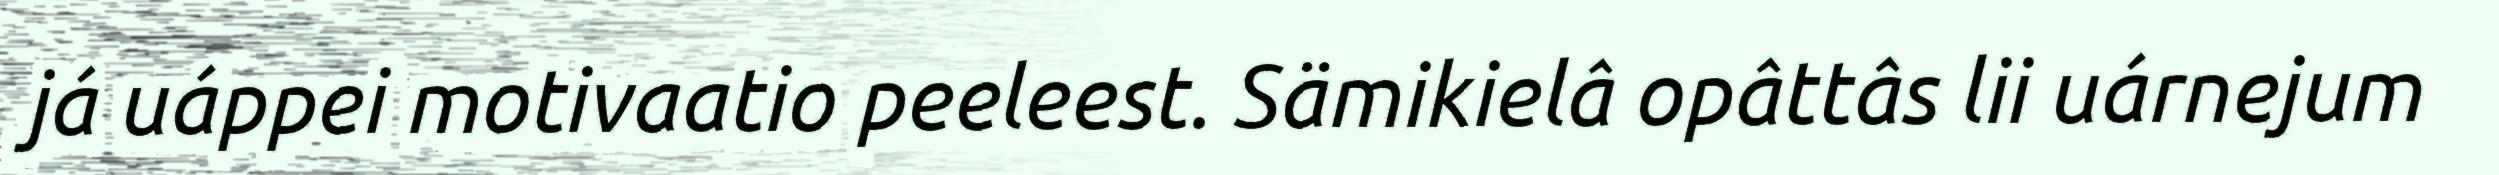
já uáppei motivaatio peeleest. Sämikielâ opâttâs lii uárnejum